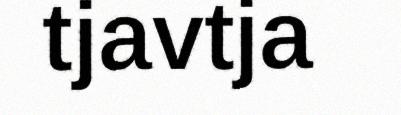
tjavtja